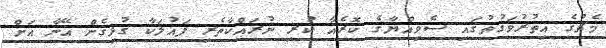
މެޗުގެ އިތުރުވަގުތުގައި ސެވިއްޔާގެ ކޮރެއާ ކުރި ނުރައްކާތެރި ފައުލަކާ ގުޅިގެން އޭނާ އަށް